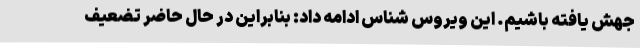
جهش یافته باشیم. این ویروس شناس ادامه داد: بنابراین در حال حاضر تضعیف